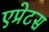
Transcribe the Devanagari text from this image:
एप्रेटस